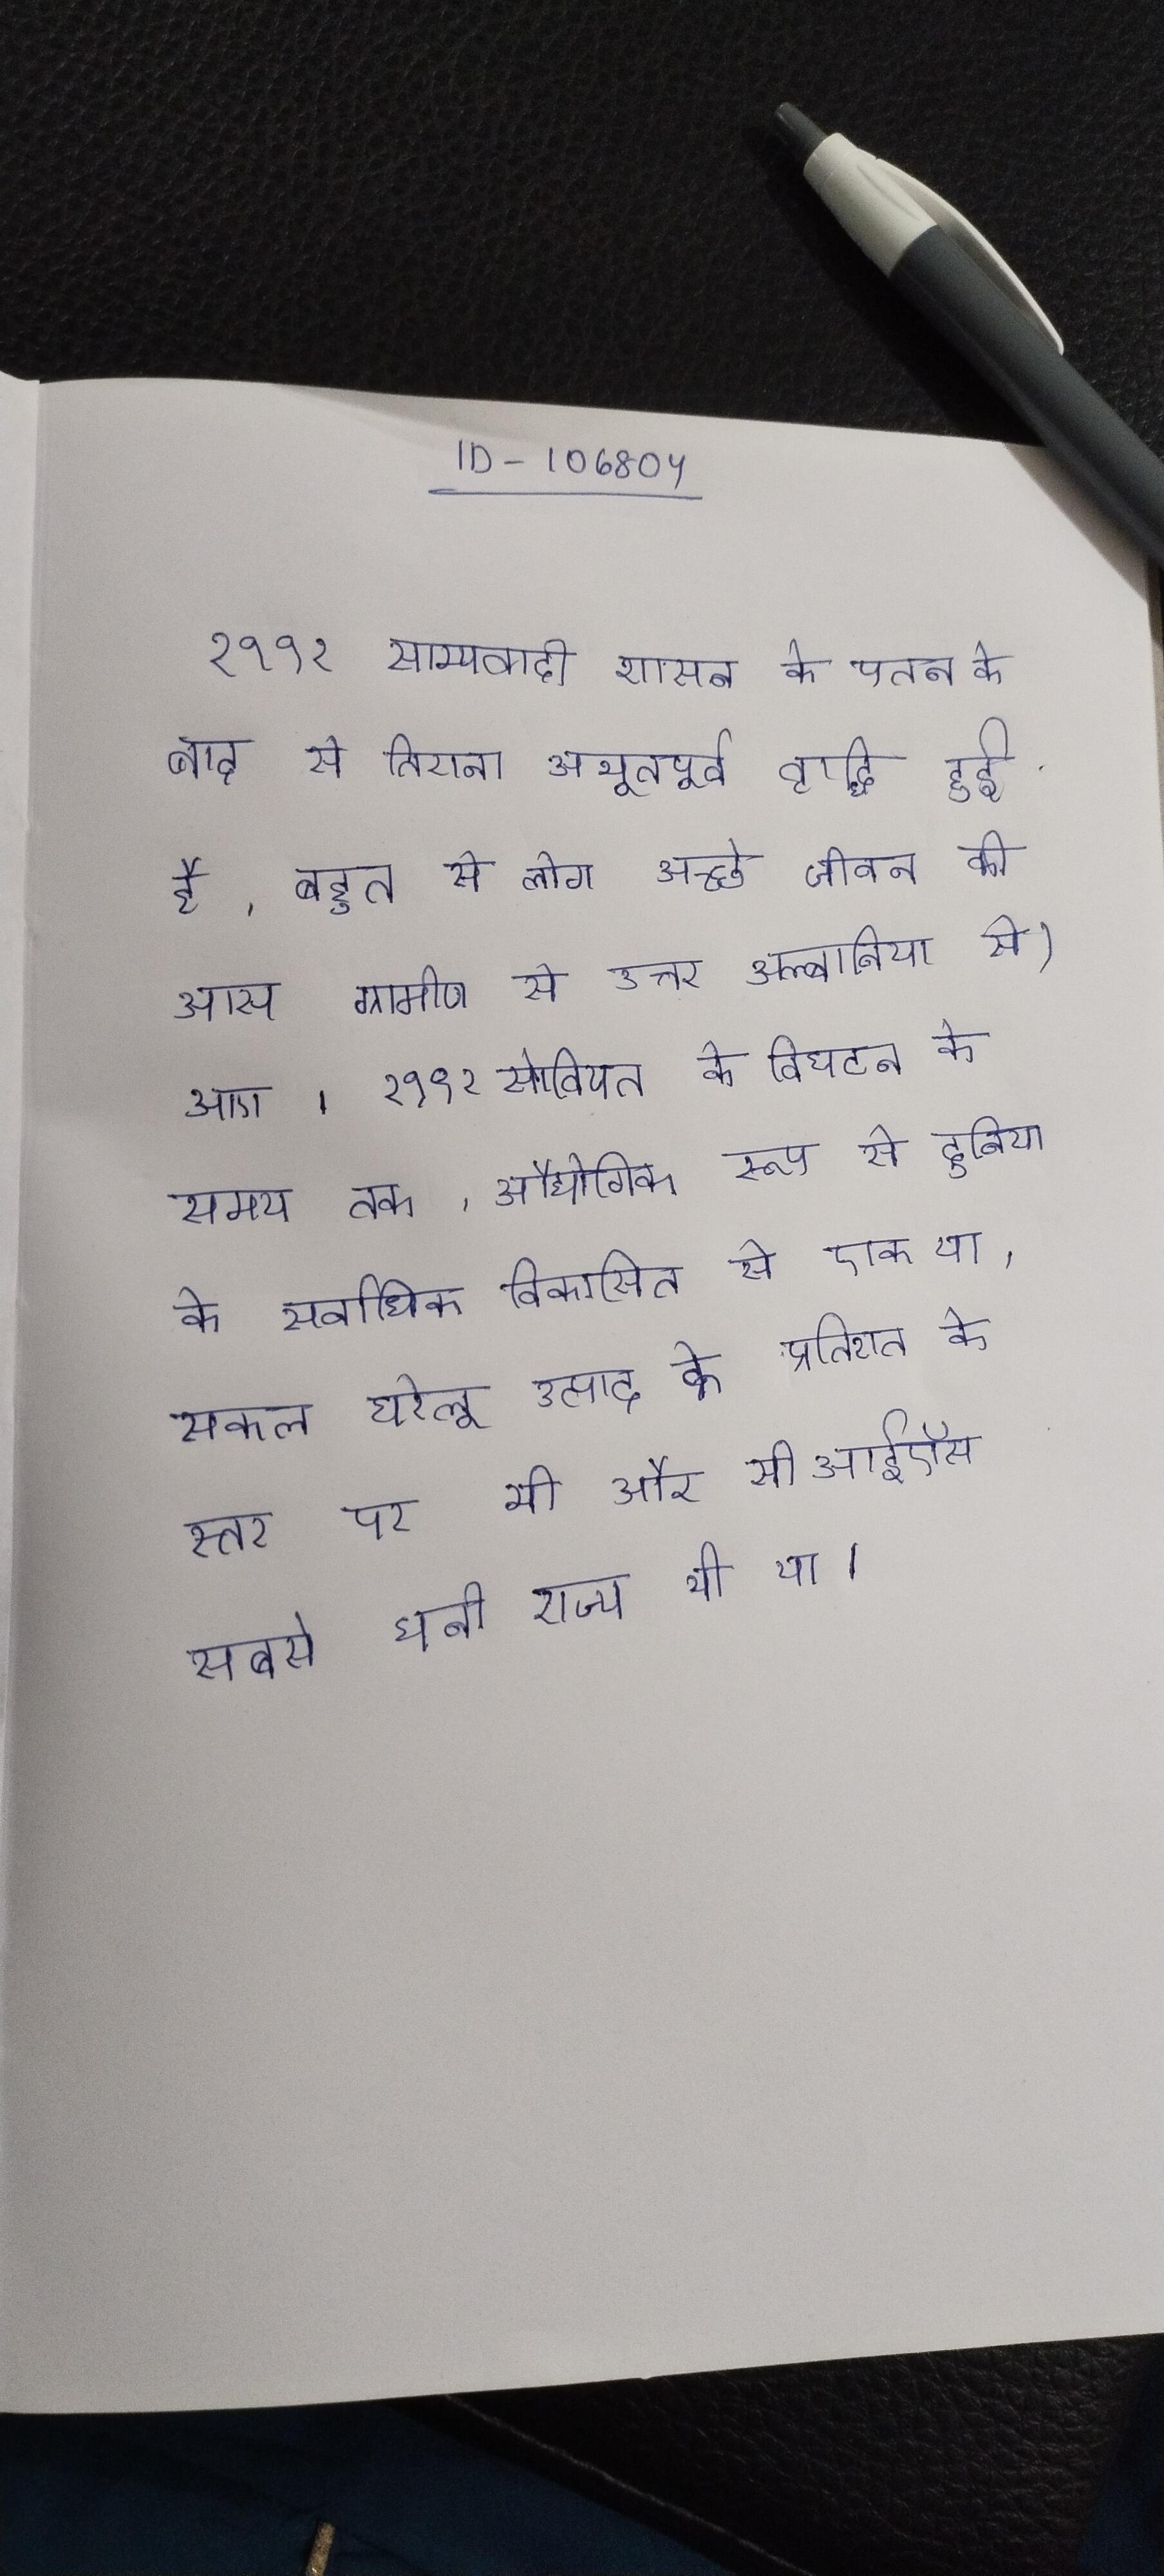
१९९१ साम्यवादी शासन के पतन के बाद से तिराना अभूतपूर्व वृद्धि हुई है, बहुत से लोग अच्छे जीवन की आस ग्रामीण से उत्तर अल्बानिया से) आए । १९९१ सोवियत के विघटन के समय तक, औद्योगिक रूप से दुनिया के सर्वाधिक विकसित से एक था, सकल घरेलू उत्पाद के प्रतिशत के स्तर पर भी और सीआईऍस सबसे धनी राज्य भी था ।